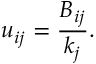
u _ { i j } = \frac { B _ { i j } } { k _ { j } } .